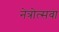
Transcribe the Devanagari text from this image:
नेत्रोत्सवा